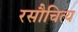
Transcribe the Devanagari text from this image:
रसौचित्य